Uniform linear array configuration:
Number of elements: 64
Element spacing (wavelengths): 0.75
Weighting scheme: blackman
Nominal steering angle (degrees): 60
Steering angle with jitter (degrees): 59.474
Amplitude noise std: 0.05
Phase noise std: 0.05

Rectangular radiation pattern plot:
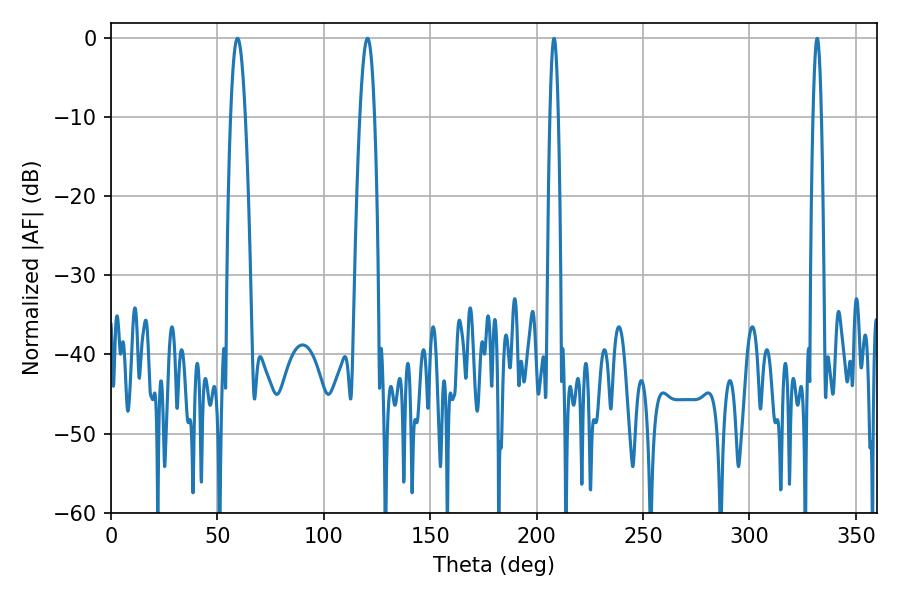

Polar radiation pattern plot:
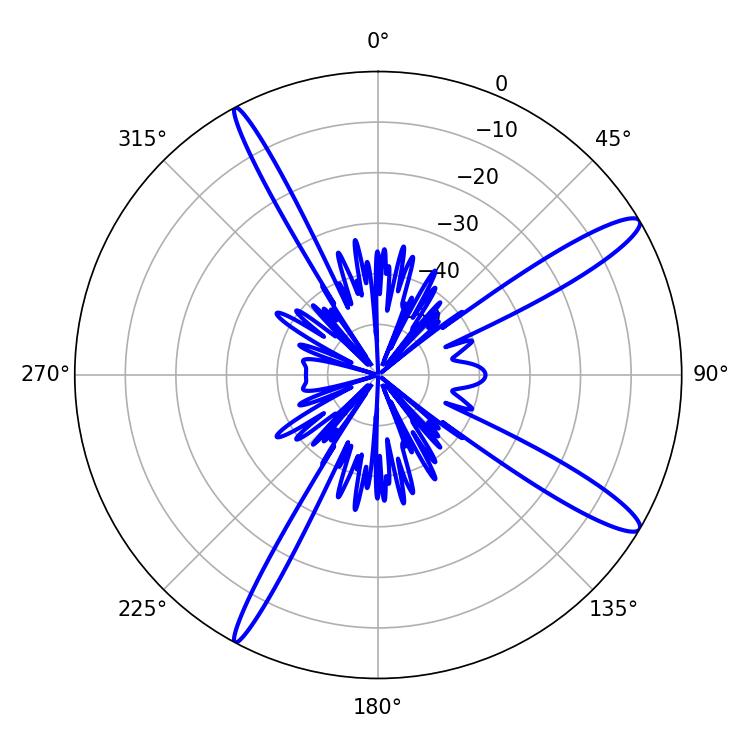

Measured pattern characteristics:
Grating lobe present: TRUE
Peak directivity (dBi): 13.716
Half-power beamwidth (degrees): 3.78
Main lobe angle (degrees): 59.4